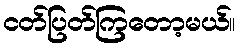
ငတ်ပြတ်ကြတော့မယ်။